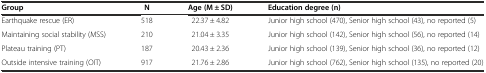
<table><thead><tr><td><b>Group</b></td><td><b>N</b></td><td><b>Age (M ± SD)</b></td><td><b>Education degree (n)</b></td></tr></thead><tbody><tr><td>Earthquake rescue (ER)</td><td>518</td><td>22.37 ± 4.82</td><td>Junior high school (470), Senior high school (43), no reported (5)</td></tr><tr><td>Maintaining social stability (MSS)</td><td>210</td><td>21.04 ± 3.35</td><td>Junior high school (142), Senior high school (56), no reported (14)</td></tr><tr><td>Plateau training (PT)</td><td>187</td><td>20.43 ± 2.36</td><td>Junior high school (139), Senior high school (36), no reported (12)</td></tr><tr><td>Outside intensive training (OIT)</td><td>917</td><td>21.76 ± 2.86</td><td>Junior high school (762), Senior high school (135), no reported (20)</td></tr></tbody></table>